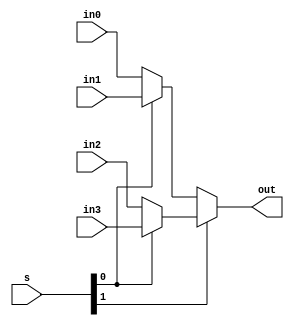
/**************************************************************************************************
PURPOSE: Given 4 one bit inputs choose between the four with a two bit select input.
**************************************************************************************************/
module Bit1_Mux4_1 (in0, in1, in2, in3, s, out);
input in0;
input in1;
input in2;
input in3;
input [1:0]s;

output out;

assign out = s[1] ? (s[0] ? in3 : in2) : (s[0] ? in1 : in0);

endmodule